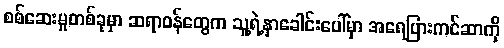
စစ်ဆေးမှုတစ်ခုမှာ ဆရာဝန်တွေက သူ့ရဲ့နှာခေါင်းပေါ်မှာ အရေပြားကင်ဆာကို